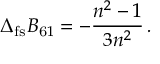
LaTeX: \Delta _ { \mathrm { f s } } B _ { \mathrm 6 1 } = - \frac { n ^ { 2 } - 1 } { 3 n ^ { 2 } } \, .